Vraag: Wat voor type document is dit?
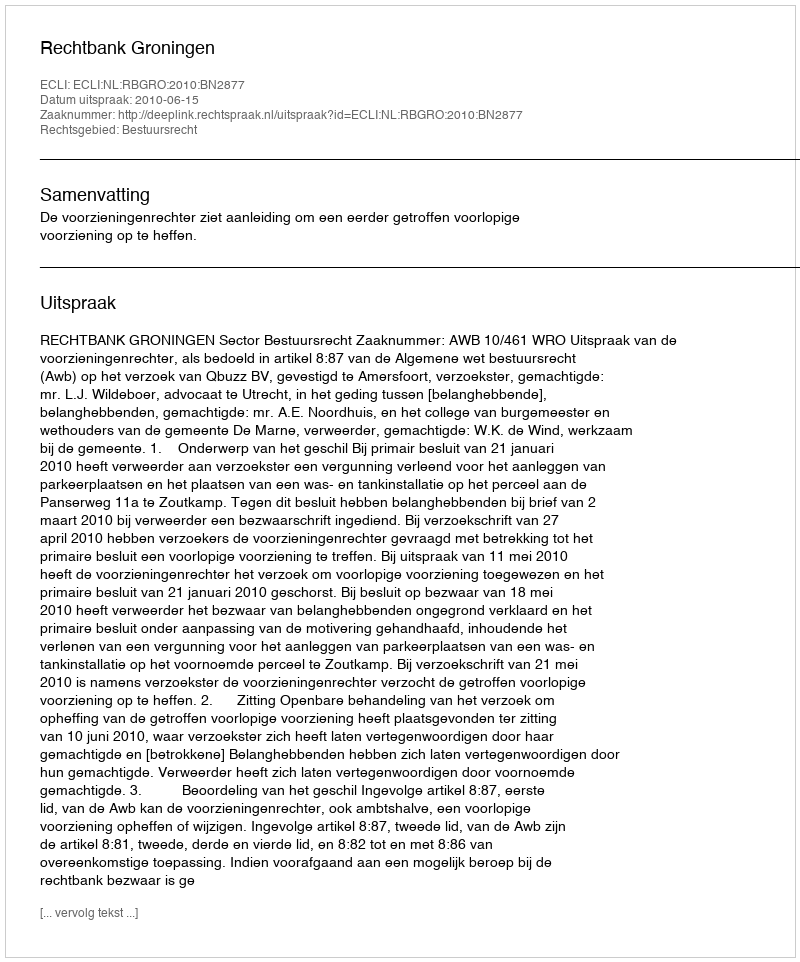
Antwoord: Uitspraak